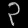
Digit: ၃